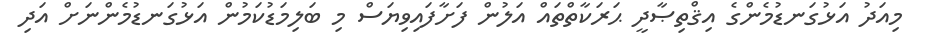
މިއަދު އަޅުގަނޑުމެންގެ އިޤްތިޞާދީ ޙަރަކާތްތައް އަލުން ފަށާފައިވިޔަސް މި ބަލިމަޑުކަމުން އަޅުގަނޑުމެންނަށް އަދި